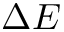
\Delta E